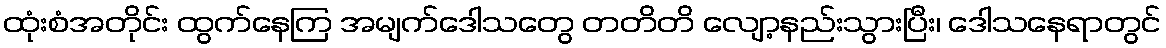
ထုံးစံအတိုင်း ထွက်နေကြ အမျက်ဒေါသတွေ တတိတိ လျော့နည်းသွားပြီး၊ ဒေါသနေရာတွင်